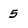
Character: 5